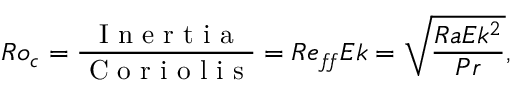
R o _ { c } = \frac { \mathrm { ~ I ~ n ~ e ~ r ~ t ~ i ~ a ~ } } { \mathrm { ~ C ~ o ~ r ~ i ~ o ~ l ~ i ~ s ~ } } = R e _ { f \! f } E k = \sqrt { \frac { R a E k ^ { 2 } } { P r } } ,